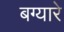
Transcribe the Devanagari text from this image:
बग्यारे